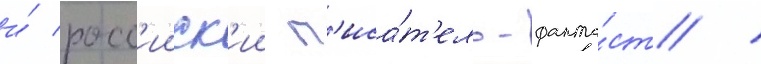
и́ росс'ииск'ии п'иса́т'ель-фанта́ст /